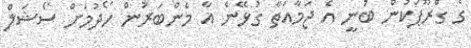
ގެ ގްރޫޕަކުން ބުނީ އެ ޖަމާއަތާ ގުޅޭނެ އާ މެންބަރުން ހޯދުމަށް ސޯޝަލް